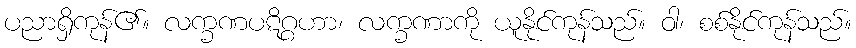
ပညာရှိကုန်၏။ လက္ခဏပဋိဂ္ဂဟာ၊ လက္ခဏာကို ယူနိုင်ကုန်သည်။ ဝါ၊ စစ်နိုင်ကုန်သည်။